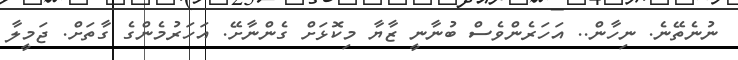
ނުނެތޭނެ. ނިހާން.. އަހަރެންވެސް ބުނާނީ ޒާޔާ މިކޮޅަށް ގެންނާށޭ. އަހަރުމެންގެ ގާތަށް. ޖަމީލާ